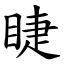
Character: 睫